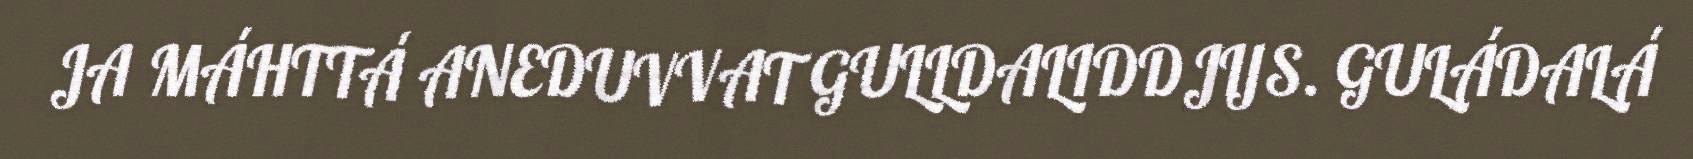
JA MÁHTTÁ ANEDUVVAT GULLDALIDDJIJS. GULÁDALÁ